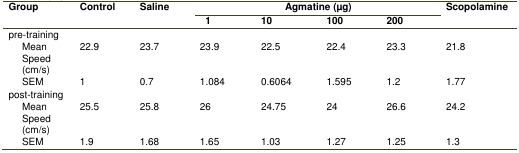
<table><thead><tr><td rowspan="2"><b>Group</b></td><td rowspan="2"><b>Control</b></td><td rowspan="2"><b>Saline</b></td><td colspan="4"><b>Agmatine (μg)</b></td><td rowspan="2"><b>Scopolamine</b></td></tr><tr><td><b>1</b></td><td><b>10</b></td><td><b>100</b></td><td><b>200</b></td></tr></thead><tbody><tr><td>pre-training</td><td></td><td></td><td></td><td></td><td></td><td></td><td></td></tr><tr><td>Mean Speed (cm/s)</td><td>22.9</td><td>23.7</td><td>23.9</td><td>22.5</td><td>22.4</td><td>23.3</td><td>21.8</td></tr><tr><td>SEM</td><td>1</td><td>0.7</td><td>1.084</td><td>0.6064</td><td>1.595</td><td>1.2</td><td>1.77</td></tr><tr><td>post-training</td><td></td><td></td><td></td><td></td><td></td><td></td><td></td></tr><tr><td>Mean Speed (cm/s)</td><td>25.5</td><td>25.8</td><td>26</td><td>24.75</td><td>24</td><td>26.6</td><td>24.2</td></tr><tr><td>SEM</td><td>1.9</td><td>1.68</td><td>1.65</td><td>1.03</td><td>1.27</td><td>1.25</td><td>1.3</td></tr></tbody></table>